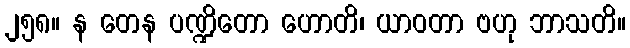
၂၅၈။ န တေန ပဏ္ဍိတော ဟောတိ၊ ယာဝတာ ဗဟု ဘာသတိ။